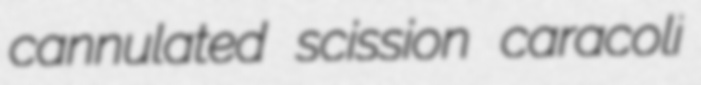
cannulated scission caracoli